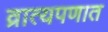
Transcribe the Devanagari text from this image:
व्रात्यपणात